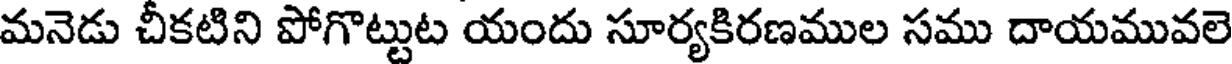
మనెడు చీకటిని పోగొట్టుట యందు సూర్యకిరణముల సము దాయమువలె